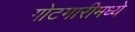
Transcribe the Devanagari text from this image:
गोटमारीमध्ये